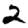
Digit: 2